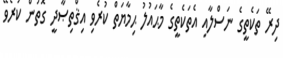
ދިރޭ ތަކެތީގެ ނަސްލާއި އެތަކެތީގެ މާޙައުލު ޙިމާޔަތް ކުރެވި އިޤްތިޞާދީ ގޮތުން ކުރެވޭ